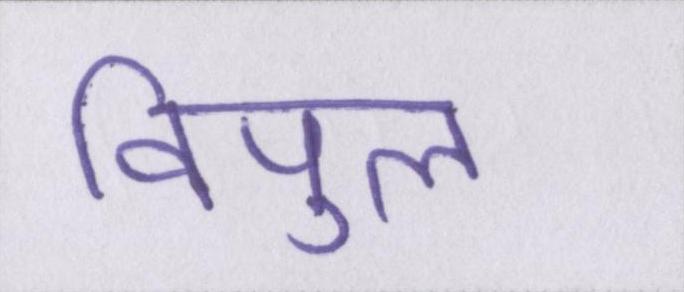
विपुल